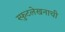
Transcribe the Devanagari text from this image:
स्फुटलेखनाची